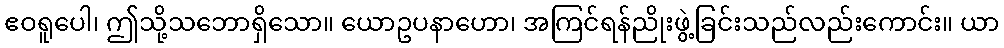
ဧဝရူပေါ၊ ဤသို့သဘောရှိသော။ ယောဥပနာဟော၊ အကြင်ရန်ညိုးဖွဲ့ခြင်းသည်လည်းကောင်း။ ယာ